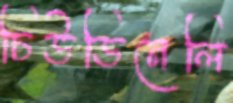
চিউডিনেলি